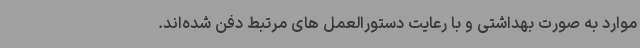
موارد به صورت بهداشتی و با رعایت دستورالعمل های مرتبط دفن شده‌اند.